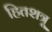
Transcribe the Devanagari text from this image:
हितशत्रू